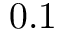
0 . 1